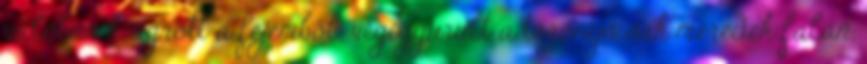
valóban kiugrott a fejemből, végiggurult a toronysisak meredek falán,